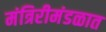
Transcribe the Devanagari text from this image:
मंत्रिरीमंडळात